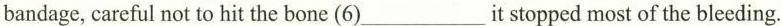
bandage, careful not to hit the bone (6)___it stopped most of the bleeding.